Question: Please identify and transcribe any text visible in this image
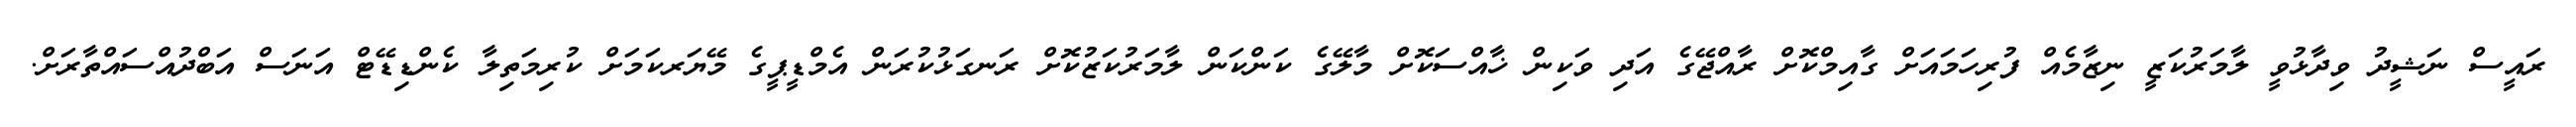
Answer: ރައީސް ނަޝީދު ވިދާޅުވީ ލާމަރުކަޒީ ނިޒާމެއް ފުރިހަމައަށް ގާއިމްކޮށް ރާއްޖޭގެ އަދި ވަކިން ޚާއްސަކޮށް މާލޭގެ ކަންކަން ލާމަރުކަޒުކޮށް ރަނގަޅުކުރަން އެމްޑީޕީގެ މޭޔަރކަމަށް ކުރިމަތިލާ ކެންޑިޑޭޓް އަނަސް އަބްދުއްސައްތާރަށް.